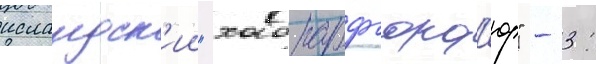
исландск'ии "хабнарфьорд'юр" - 3: